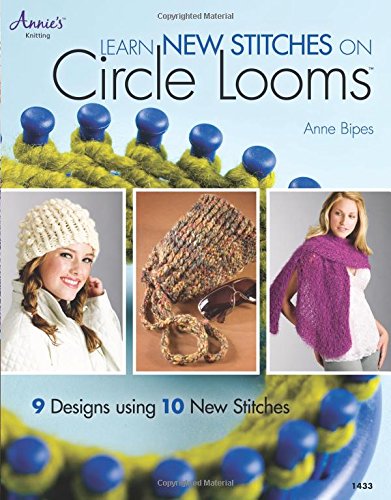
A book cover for Learn New Stitches on Circle Looms; Anne Bipes; Crafts, Hobbies & Home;